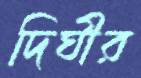
দিঘীর